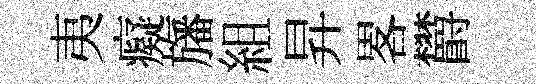
夷癡旛組昇畧欝